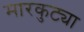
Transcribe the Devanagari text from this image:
मारकुट्या